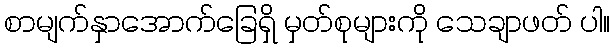
စာမျက်နှာအောက်ခြေရှိ မှတ်စုများကို သေချာဖတ် ပါ။